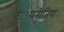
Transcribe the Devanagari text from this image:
ट््यनूीजिया